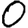
Digit: 0